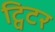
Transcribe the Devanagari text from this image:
ट्विटर